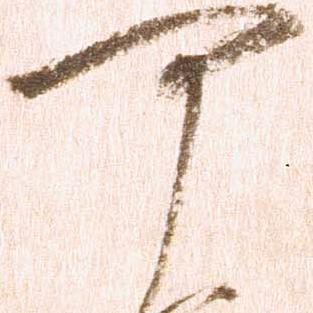
可